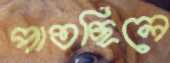
পাতছিলে